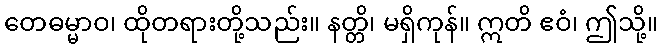
တေဓမ္မာဝ၊ ထိုတရားတို့သည်း။ နတ္တိ၊ မရှိကုန်။ ဣတိ ဧဝံ၊ ဤသို့။